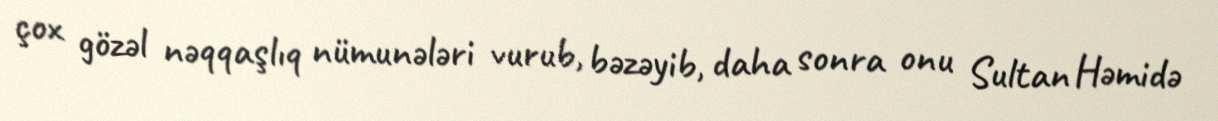
çox gözəl nəqqaşlıq nümunələri vurub, bəzəyib, daha sonra onu Sultan Həmidə